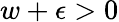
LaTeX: w+\epsilon>0